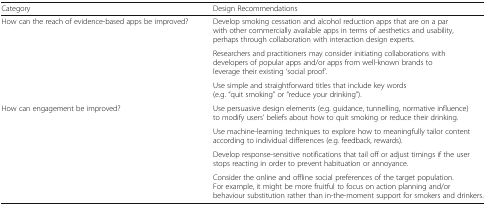
| Category | Design Recommendations |
 | --- | --- |
 | How can the reach of evidence-based apps be improved? | Develop smoking cessation and alcohol reduction apps that are on a par with other commercially available apps in terms of aesthetics and usability, perhaps through collaboration with interaction design experts. |
 |  | Researchers and practitioners may consider initiating collaborations with developers of popular apps and/or apps from well-known brands to leverage their existing ‘social proof’. |
 |  | Use simple and straightforward titles that include key words (e.g. “quit smoking” or “reduce your drinking”). |
 | How can engagement be improved? | Use persuasive design elements (e.g. guidance, tunnelling, normative influence) to modify users’ beliefs about how to quit smoking or reduce their drinking. |
 |  | Use machine-learning techniques to explore how to meaningfully tailor content according to individual differences (e.g. feedback, rewards). |
 |  | Develop response-sensitive notifications that tail off or adjust timings if the user stops reacting in order to prevent habituation or annoyance. |
 |  | Consider the online and offline social preferences of the target population. For example, it might be more fruitful to focus on action planning and/or behaviour substitution rather than in-the-moment support for smokers and drinkers. |